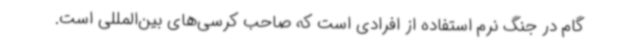
گام در جنگ نرم استفاده از افرادی است که صاحب کرسی‌های بین‌المللی است.